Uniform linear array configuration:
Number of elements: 32
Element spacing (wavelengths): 0.5
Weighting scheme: uniform
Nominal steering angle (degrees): -15
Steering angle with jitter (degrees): -15.335
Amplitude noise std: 0.05
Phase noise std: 0.05

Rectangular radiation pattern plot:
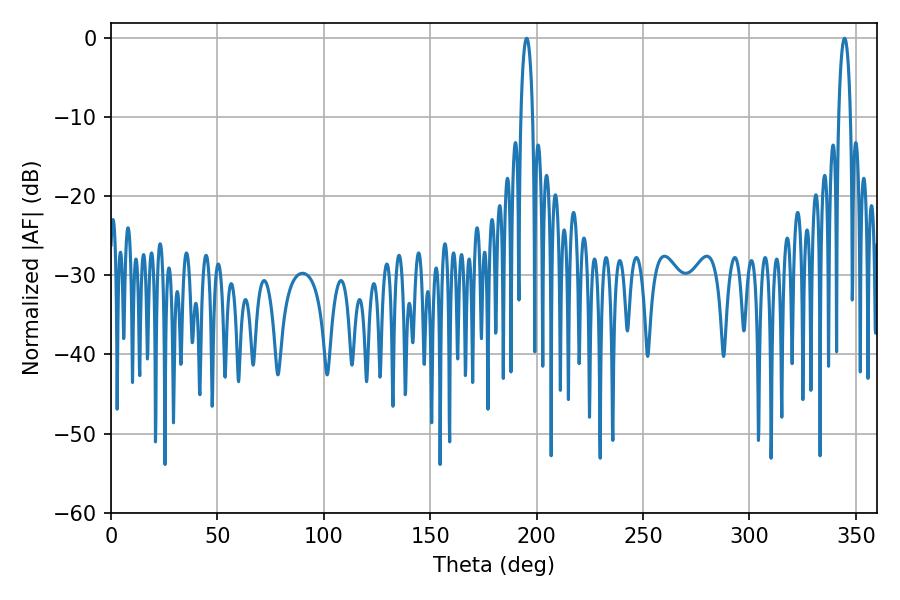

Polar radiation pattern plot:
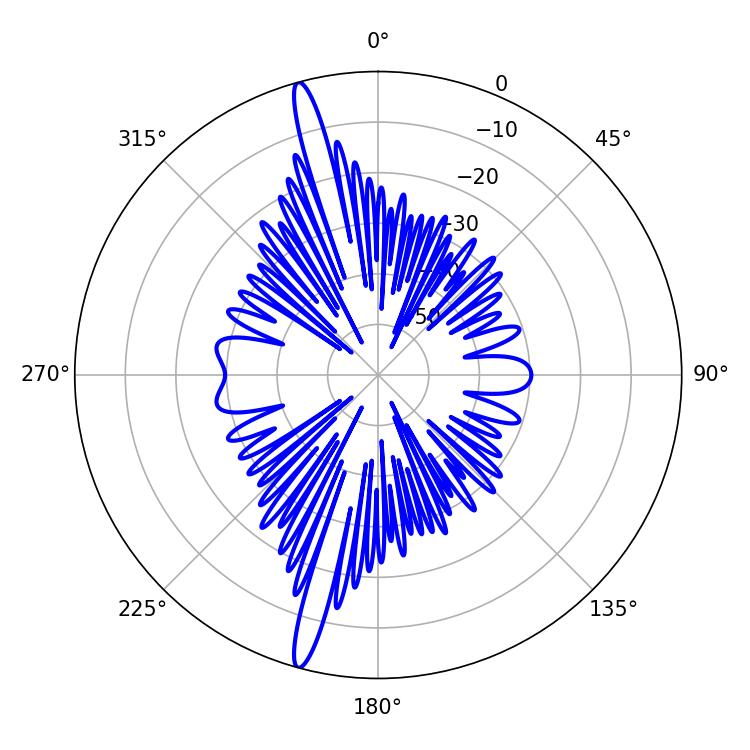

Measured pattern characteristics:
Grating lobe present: FALSE
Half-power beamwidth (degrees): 3.24
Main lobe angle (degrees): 195.3